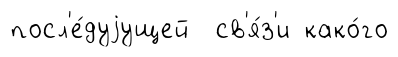
посл'е́дуjущей св'я́з'и како́го